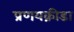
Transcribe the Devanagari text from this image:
प्रणयक्रीडा